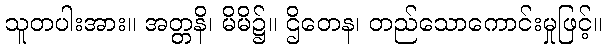
သူတပါးအား။ အတ္တနိ၊ မိမိ၌။ ဌိတေန၊ တည်သောကောင်းမှုဖြင့်။